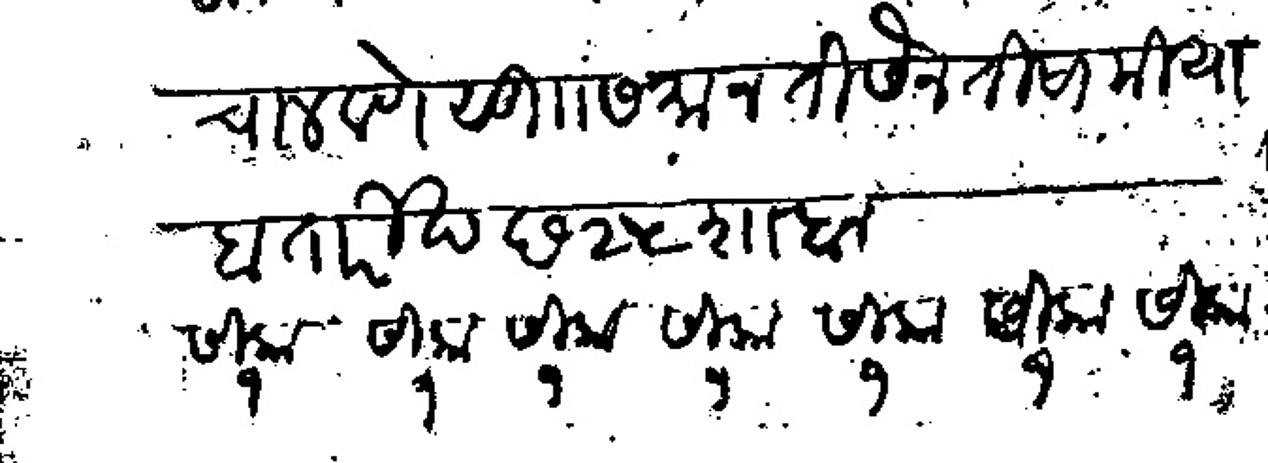
Transliteration (Devanagari): चालवणे सु समान तीसैन तीसा मीयाब तारीख छ२५ साबान सिका सिका सिका सिका सिका सिका सिका १	 १	  १	  १  	१	१	१